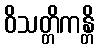
ဝိသတ္တိကန္တိ